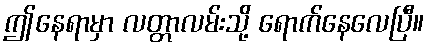
ဤနေရာမှာ လတ္တာလမ်းသို့ ရောက်နေလေပြီ။